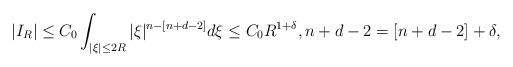
LaTeX: \begin{align*}|I_R |\leq C_0\int_{|\xi|\leq 2R} |\xi|^{n-[n+d-2]} d \xi \leq C_0R^{1+\delta},n+d-2=[n+d-2]+\delta,\end{align*}